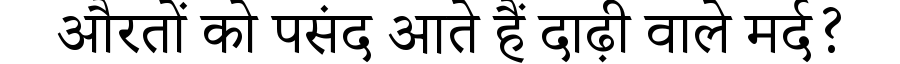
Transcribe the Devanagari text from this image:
औरतों को पसंद आते हैं दाढ़ी वाले मर्द?